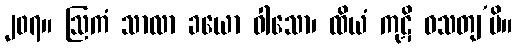
၂၀၇။ ဩကံ သာလာ ခယော ဝါသော၊ ထိယံ ကုဋိ ဝသတျ’ပိ။